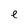
Character: e